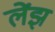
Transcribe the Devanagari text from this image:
लेंझ